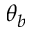
\theta _ { b }